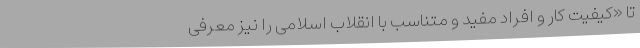
تا «کیفیت‌ کار و افراد مفید و متناسب‌ با انقلاب‌ اسلامی‌ را نیز معرفی‌